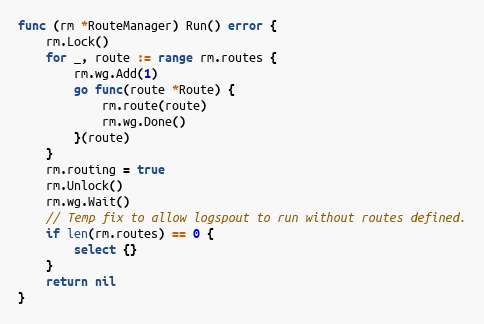
Language: Go
func (rm *RouteManager) Run() error {
	rm.Lock()
	for _, route := range rm.routes {
		rm.wg.Add(1)
		go func(route *Route) {
			rm.route(route)
			rm.wg.Done()
		}(route)
	}
	rm.routing = true
	rm.Unlock()
	rm.wg.Wait()
	// Temp fix to allow logspout to run without routes defined.
	if len(rm.routes) == 0 {
		select {}
	}
	return nil
}